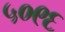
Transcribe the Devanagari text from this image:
५०९६